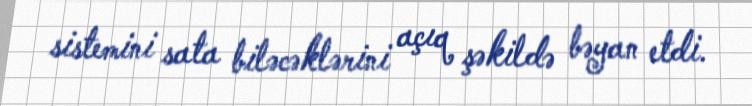
sistemini sata biləcəklərini açıq şəkildə bəyan etdi.